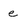
Character: e